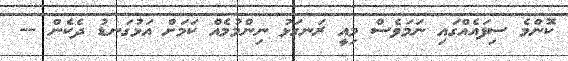
ކޮންމެ ސިފައެއްގައި ނަމަވެސް މިއީ ރަނގަޅު ނިންމުމެއް ކަމަށް އަޅުގަނޑު ދެކެން --